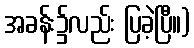
အခန်း၌လည်း ပြခဲ့ပြီ။)